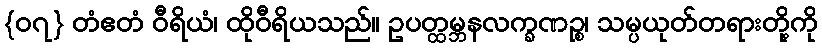
{၀၇} တံဧတံ ဝီရိယံ၊ ထိုဝီရိယသည်။ ဥပတ္ထမ္ဘနလက္ခဏဉ္စ၊ သမ္ပယုတ်တရားတို့ကို